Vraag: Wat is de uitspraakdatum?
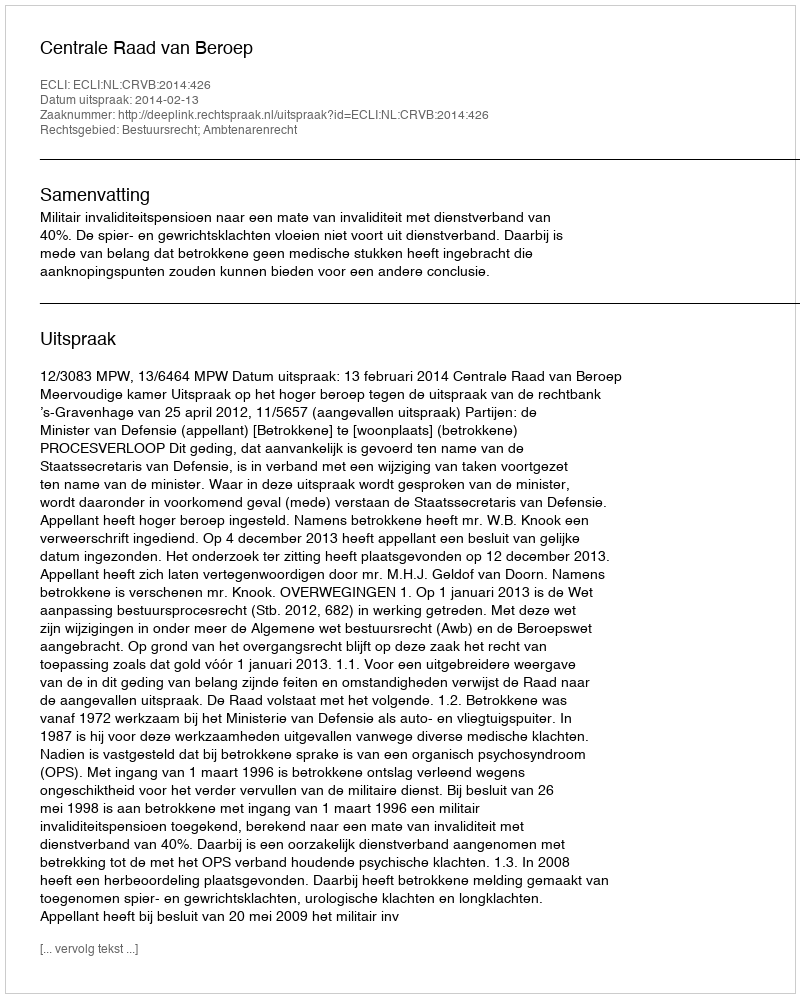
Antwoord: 2014-02-13